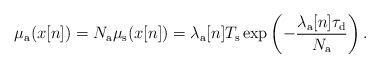
\begin{align*}\mu_{\rm a}(x[n])= N_{\rm a}\mu_{\rm s} (x[n])={\lambda_\mathrm{a}[n]T_{\rm s}} \exp\left(-\frac{\lambda_\mathrm{a}[n]\tau_{\rm d}}{N_{\rm a}}\right).\end{align*}